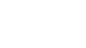
ဝိပုလော